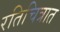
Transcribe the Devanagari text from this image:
रतिचित्रात